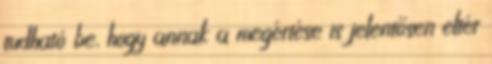
tudható be, hogy annak a megértése is jelentősen eltér